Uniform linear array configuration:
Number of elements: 64
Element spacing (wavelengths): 0.5
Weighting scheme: cosine
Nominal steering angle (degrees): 45
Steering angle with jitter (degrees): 46.163
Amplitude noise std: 0.05
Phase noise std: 0.05

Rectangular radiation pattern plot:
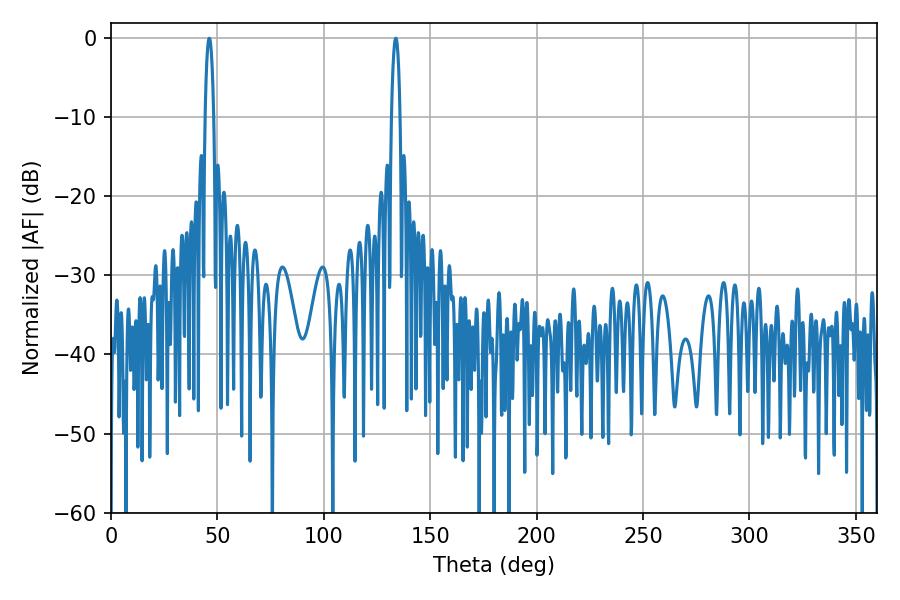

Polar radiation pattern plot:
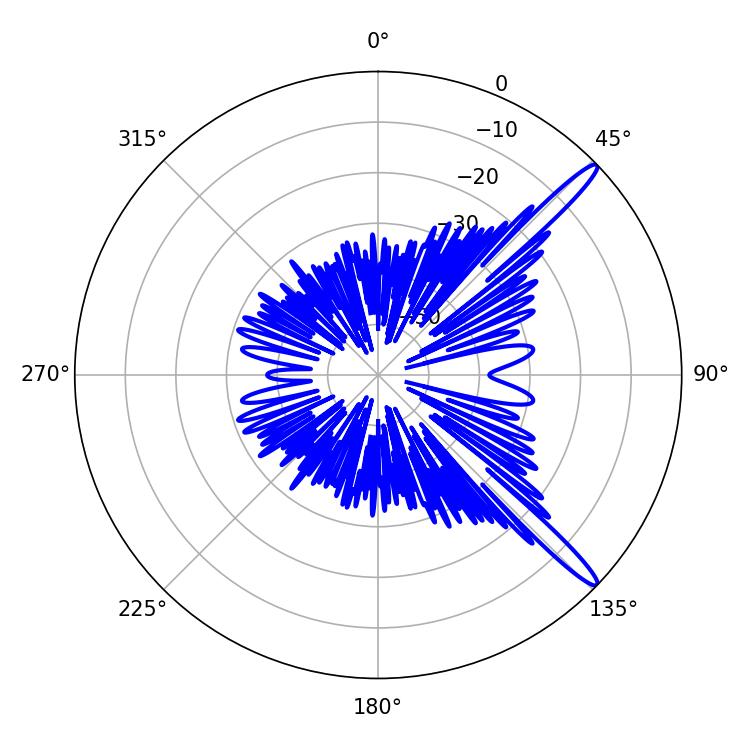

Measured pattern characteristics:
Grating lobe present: FALSE
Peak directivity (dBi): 14.83
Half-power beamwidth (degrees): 2.34
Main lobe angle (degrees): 46.26